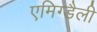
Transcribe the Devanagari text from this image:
एमिग्डैली